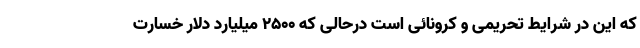
که این در شرایط تحریمی و کرونائی است درحالی که ۲۵۰۰ میلیارد دلار خسارت